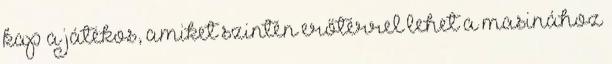
kap a játékos, amiket szintén erőtérrel lehet a masinához